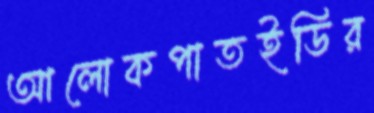
আলোকপাতইডির